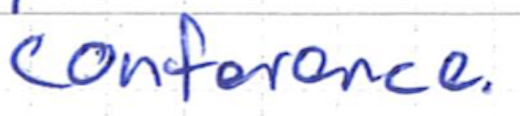
Text: Conference.
Cross-out: clean
Writing tool: ballpoint